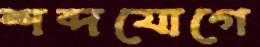
শব্দযোগে